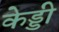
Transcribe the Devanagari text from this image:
केड्डी